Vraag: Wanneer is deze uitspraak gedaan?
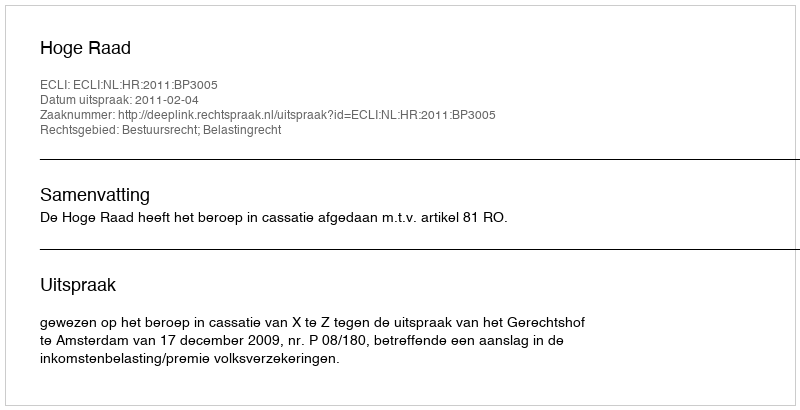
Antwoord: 2011-02-04